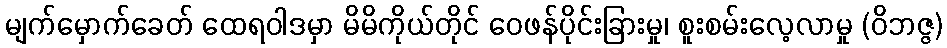
မျက်မှောက်ခေတ် ထေရဝါဒမှာ မိမိကိုယ်တိုင် ဝေဖန်ပိုင်းခြားမှု၊ စူးစမ်းလေ့လာမှု (ဝိဘဇ္ဇ)